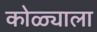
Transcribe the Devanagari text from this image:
कोळ्याला